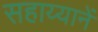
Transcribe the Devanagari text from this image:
सहाय्यानें